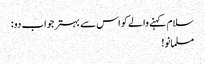
سلام کہنے والے کو اس سے بہتر جواب دو :
مسلمانو!